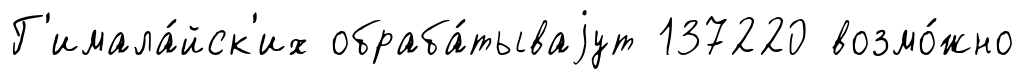
Г'имала́йск'их обраба́тываjут 137220 возмо́жно